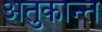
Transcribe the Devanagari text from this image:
अतुकान्त